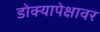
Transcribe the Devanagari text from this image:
डोक्यापेक्षावर